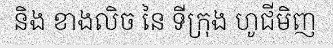
និង ខាងលិច នៃ ទីក្រុង ហូជីមិញ